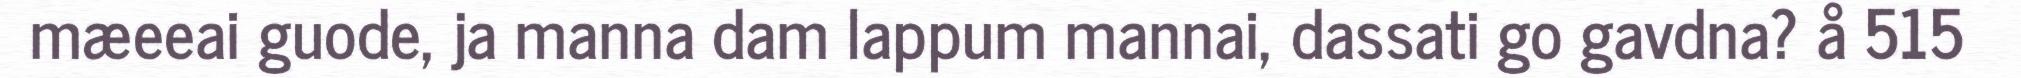
mæeeai guode, ja manna dam lappum mannai, dassati go gavdna? å 515